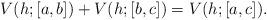
LaTeX: \begin{align*} V(h;[a,b]) + V(h;[b,c])= V(h;[a,c]).\end{align*}